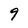
Character: 9